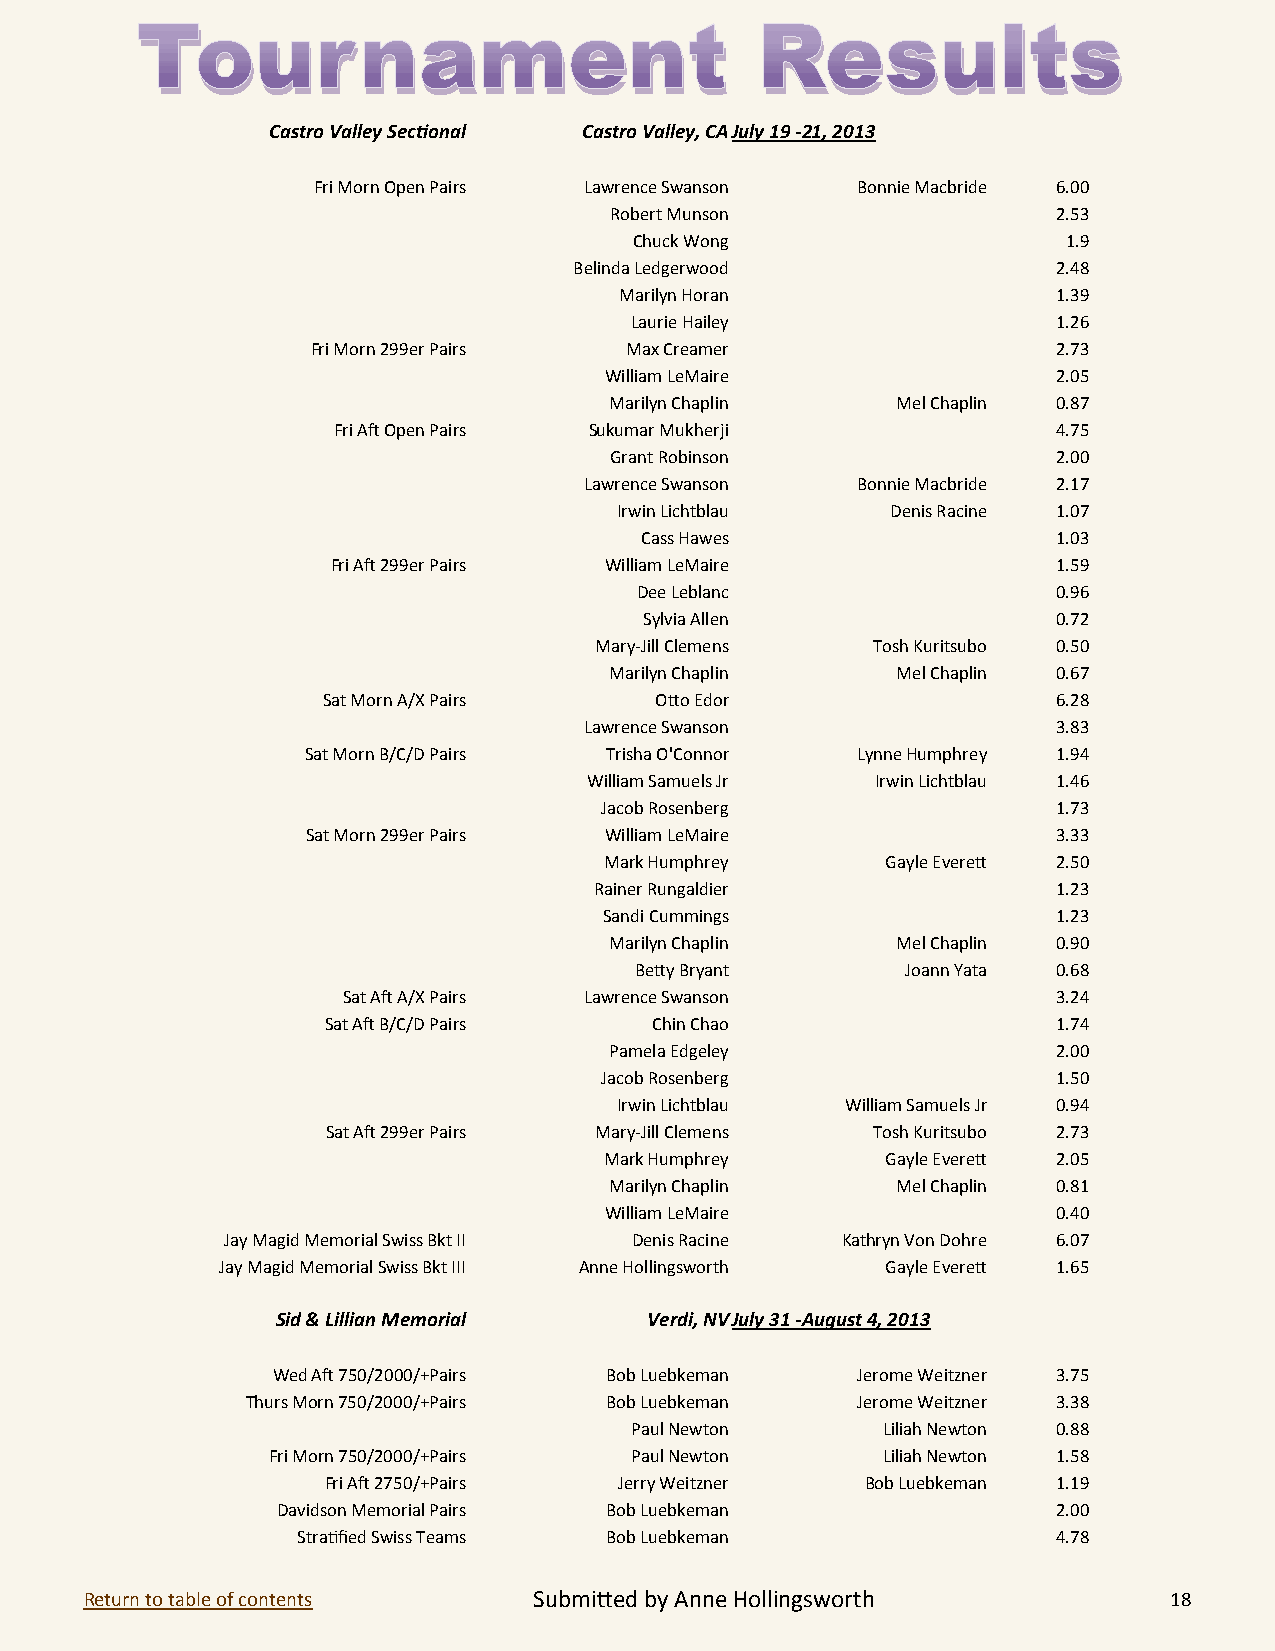
Castro Valley Sectional Castro Valley, CA July 19 -21, 2013
 Fri Morn Open Pairs Lawrence Swanson Bonnie Macbride 6.00
 Robert Munson                 2.53
 Chuck Wong                   1.9
 Belinda Ledgerwood              2.48
 Marilyn Horan                1.39
 Laurie Hailey               1.26
 Fri Morn 299er Pairs Max Creamer                 2.73
 William LeMaire               2.05
 Marilyn Chaplin    Mel Chaplin 0.87
 Fri Aft Open Pairs Sukumar Mukherji             4.75
 Grant Robinson                2.00
 Lawrence Swanson  Bonnie Macbride 2.17
 Irwin Lichtblau   Denis Racine 1.07
 Cass Hawes                  1.03
 Fri Aft 299er Pairs William LeMaire             1.59
 Dee Leblanc                 0.96
 Sylvia Allen               0.72
 Mary-Jill Clemens  Tosh Kuritsubo 0.50
 Marilyn Chaplin    Mel Chaplin 0.67
 Sat Morn A/X Pairs    Otto Edor                  6.28
 Lawrence Swanson               3.83
 Sat Morn B/C/D Pairs Trisha O'Connor Lynne Humphrey 1.94
 William Samuels Jr Irwin Lichtblau 1.46
 Jacob Rosenberg               1.73
 Sat Morn 299er Pairs William LeMaire              3.33
 Mark Humphrey      Gayle Everett 2.50
 Rainer Rungaldier              1.23
 Sandi Cummings                1.23
 Marilyn Chaplin    Mel Chaplin 0.90
 Betty Bryant      Joann Yata 0.68
 Sat Aft A/X Pairs Lawrence Swanson             3.24
 Sat Aft B/C/D Pairs   Chin Chao                  1.74
 Pamela Edgeley                2.00
 Jacob Rosenberg               1.50
 Irwin Lichtblau William Samuels Jr 0.94
 Sat Aft 299er Pairs Mary-Jill Clemens Tosh Kuritsubo 2.73
 Mark Humphrey      Gayle Everett 2.05
 Marilyn Chaplin    Mel Chaplin 0.81
 William LeMaire               0.40
 Jay Magid Memorial Swiss Bkt II Denis Racine Kathryn Von Dohre 6.07
 Jay Magid Memorial Swiss Bkt III Anne Hollingsworth Gayle Everett 1.65
 Sid & Lillian Memorial   Verdi, NV July 31 -August 4, 2013
 Wed Aft 750/2000/+Pairs Bob Luebkeman  Jerome Weitzner 3.75
 Thurs Morn 750/2000/+Pairs Bob Luebkeman Jerome Weitzner 3.38
 Paul Newton     Liliah Newton 0.88
 Fri Morn 750/2000/+Pairs Paul Newton    Liliah Newton 1.58
 Fri Aft 2750/+Pairs Jerry Weitzner Bob Luebkeman 1.19
 Davidson Memorial Pairs Bob Luebkeman               2.00
 Stratified Swiss Teams Bob Luebkeman              4.78
 Return to table of contents  S u b m i tt e d b y A n n e H o l l i n g s w o r t h 18